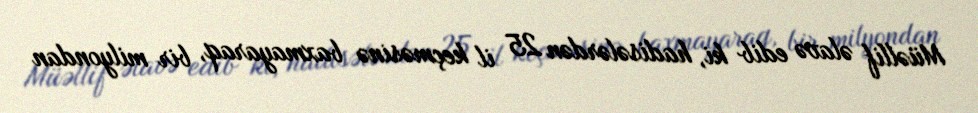
Müəllif əlavə edib ki, hadisələrdən 25 il keçməsinə baxmayaraq, bir milyondan